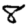
Digit: 8